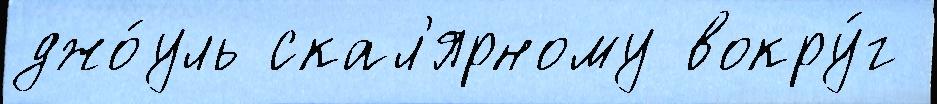
джо́уль скал'ярному вокру́г